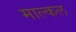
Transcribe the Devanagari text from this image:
माल्कल